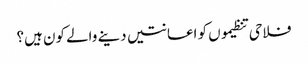
فلاحی تنظیموں کو اعانتیں دینے والے کون ہیں؟